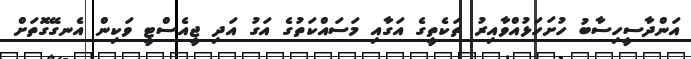
އަންދާސީހިސާބު ހުށަހަޅުއްވާއިރު ތަކެތީގެ އަގާއި މަސައްކަތުގެ އަގު އަދި ޖީއެސްޓީ ވަކިން އެނގޭގޮތަށް